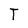
Character: T